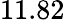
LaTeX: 11.82